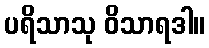
ပရိသာသု ဝိသာရဒါ။